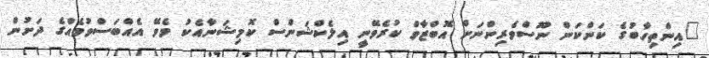
"އިންތިހާބުގެ ކަންކަން ނޫސްވެރިންނަށް އޮބްޒާވް ކުރެވޭނީ އިލެކްޝަންސް ކޮމިޝަނާއެކު ވެވޭ އެއްބަސްވުމެއްގެ ދަށުން